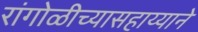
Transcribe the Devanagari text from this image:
रांगोळीच्यासहाय्याने